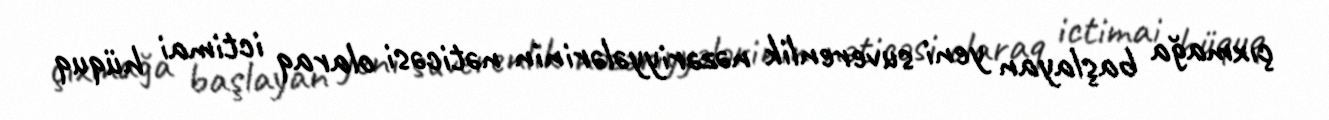
çıxmağa başlayan yeni suverenlik nəzəriyyələrinin nəticəsi olaraq ictimai hüquq